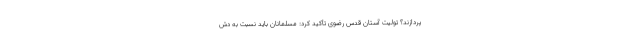
پردازند؟ تولیت آستان قدس رضوی تأکید کرد: مسلمانان باید نسبت به دش